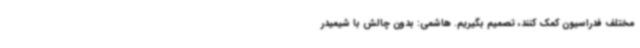
مختلف فدراسیون کمک کنند، تصمیم بگیریم. هاشمی: بدون‌ چالش با شیمیدر